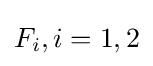
F_{i},i=1,2